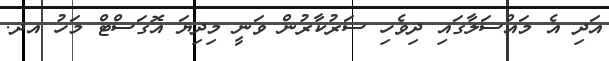
އަދި އެ މައްސަލާގައި ދިވެހި ސަރުކާރުން ވަނީ މިދިޔަ އޮގަސްޓް މަހު އދ.